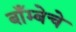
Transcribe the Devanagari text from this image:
बाँम्बेचे